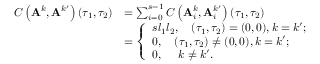
\begin{array} { r l } { \boldsymbol { C } \left( \mathbf { A } ^ { k } , \mathbf { A } ^ { k ^ { \prime } } \right) \left( \tau _ { 1 } , \tau _ { 2 } \right) } & { = \sum _ { i = 0 } ^ { s - 1 } \boldsymbol { C } \left( \mathbf { A } _ { i } ^ { k } , \mathbf { A } _ { i } ^ { k ^ { \prime } } \right) \left( \tau _ { 1 } , \tau _ { 2 } \right) } \\ & { = \left\{ \begin{array} { l l } { s l _ { 1 } l _ { 2 } , \quad \left( \tau _ { 1 } , \tau _ { 2 } \right) = ( 0 , 0 ) , k = k ^ { \prime } ; } \\ { 0 , \quad \left( \tau _ { 1 } , \tau _ { 2 } \right) \neq ( 0 , 0 ) , k = k ^ { \prime } ; } \\ { 0 , ~ ~ ~ ~ k \neq k ^ { \prime } . } \end{array} \right. } \end{array}